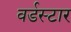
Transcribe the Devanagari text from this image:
वर्डस्‍टार